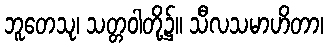
ဘူတေသု၊ သတ္တဝါတို့၌။ သီလသမာဟိတာ၊